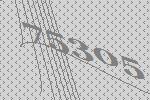
75305